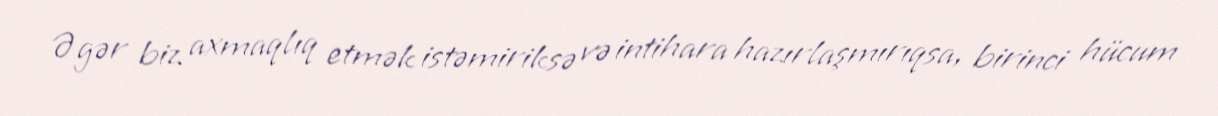
Əgər biz axmaqlıq etmək istəmiriksə və intihara hazırlaşmırıqsa, birinci hücum